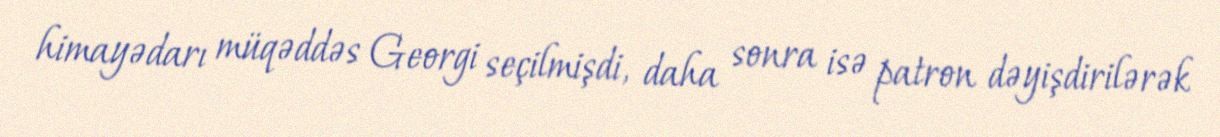
himayədarı müqəddəs Georgi seçilmişdi, daha sonra isə patron dəyişdirilərək